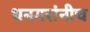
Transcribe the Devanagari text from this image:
धनगरांनीच